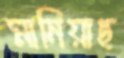
মানিয়াছ